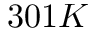
3 0 1 K